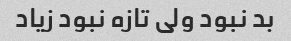
بد نبود ولی تازه نبود زیاد